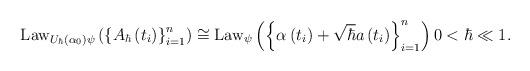
LaTeX: \begin{align*}\operatorname*{Law}\nolimits_{U_{\hbar}\left( \alpha_{0}\right) \psi}\left(\left\{ A_{\hbar}\left( t_{i}\right) \right\} _{i=1}^{n}\right)\cong\operatorname*{Law}\nolimits_{\psi}\left( \left\{ \alpha\left(t_{i}\right) +\sqrt{\hbar}a\left( t_{i}\right) \right\} _{i=1}^{n}\right)0<\hbar\ll1. \end{align*}